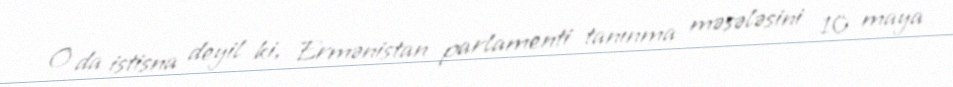
O da istisna deyil ki, Ermənistan parlamenti tanınma məsələsini 10 maya